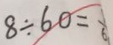
8 \div 6 0 =